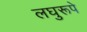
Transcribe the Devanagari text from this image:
लघुरूपे